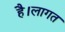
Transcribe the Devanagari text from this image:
है।लागत